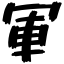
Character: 軍